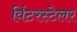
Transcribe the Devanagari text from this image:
विंटरस्टेलर